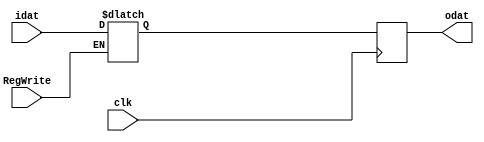
`timescale 1ns / 1ps
//////////////////////////////////////////////////////////////////////////////////
// Company:
// Engineer:
//
// Design Name:
// Module Name:    register
// Project Name:
// Target Devices:
// Tool versions:
// Description:
//
// Dependencies:
//
// Revision:
// Revision 0.01 - File Created
// Additional Comments:
//
//////////////////////////////////////////////////////////////////////////////////
module register(
        input clk,
        input RegWrite,
        input [31:0]idat,
        output reg[31:0]odat
    );

    reg[31:0] kdat;

    always @(idat) begin
        if (RegWrite) kdat <= idat;
    end

    always @(posedge clk) begin
        odat <= kdat;
    end

endmodule